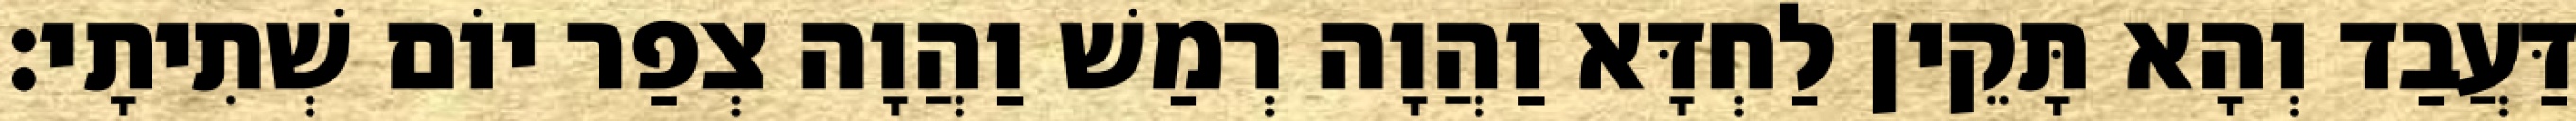
דַּעֲבַד וְהָא תָּקֵין לַחְדָּא וַהֲוָה רְמַשׁ וַהֲוָה צְפַר יוֹם שְׁתִיתָי׃